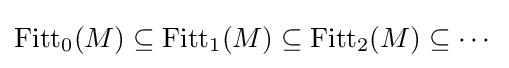
\operatorname {Fitt} _{0}(M)\subseteq \operatorname {Fitt} _{1}(M)\subseteq \operatorname {Fitt} _{2}(M)\subseteq \cdots